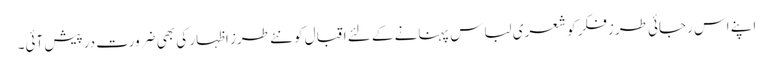
اپنے اس رجائی طرزِفکر کو شعری لباس پہنانے کے لئے اقبال کو نئے طرزِ اظہار کی بھی ضرورت درپیش آئی۔